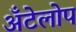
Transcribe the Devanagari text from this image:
अँटेलोप